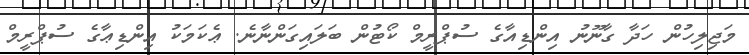
މަޖިލިހުން ހަދާ ގާނޫނު އިންޑިއާގެ ސުޕްރީމް ކޯޓުން ބަލައިގަންނާނެ. ޢެކަމަކު އިންޑިޢާގެ ސުޕްރީމް